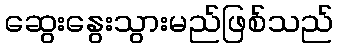
ဆွေးနွေးသွားမည်ဖြစ်သည်